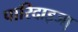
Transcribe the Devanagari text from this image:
पारिदाइजा़